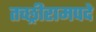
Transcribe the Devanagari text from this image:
तच्छ्रीरामपदे